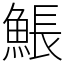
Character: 𩸕